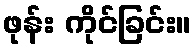
ဖုန်း ကိုင်ခြင်း။